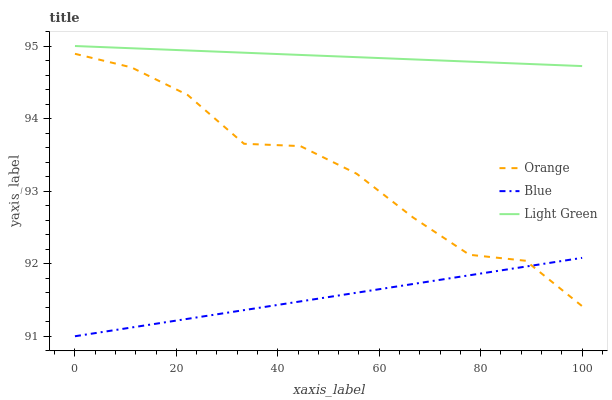
| xaxis_label | Orange | Blue | Light Green |
 | --- | --- | --- | --- |
 | 0 | 94.9 | 91 | 95 |
 | 11.1 | 94.7 | 91.1 | 95 |
 | 22.2 | 94.3 | 91.2 | 94.9 |
 | 33.3 | 93.7 | 91.4 | 94.9 |
 | 44.4 | 93.6 | 91.5 | 94.9 |
 | 55.6 | 93.2 | 91.6 | 94.8 |
 | 66.7 | 92.6 | 91.7 | 94.8 |
 | 77.8 | 92.1 | 91.8 | 94.8 |
 | 88.9 | 92 | 92 | 94.8 |
 | 100 | 91.4 | 92.1 | 94.7 |